Leaving Certificate Examination (including Day School Certificate (Higher) General paper), 1935
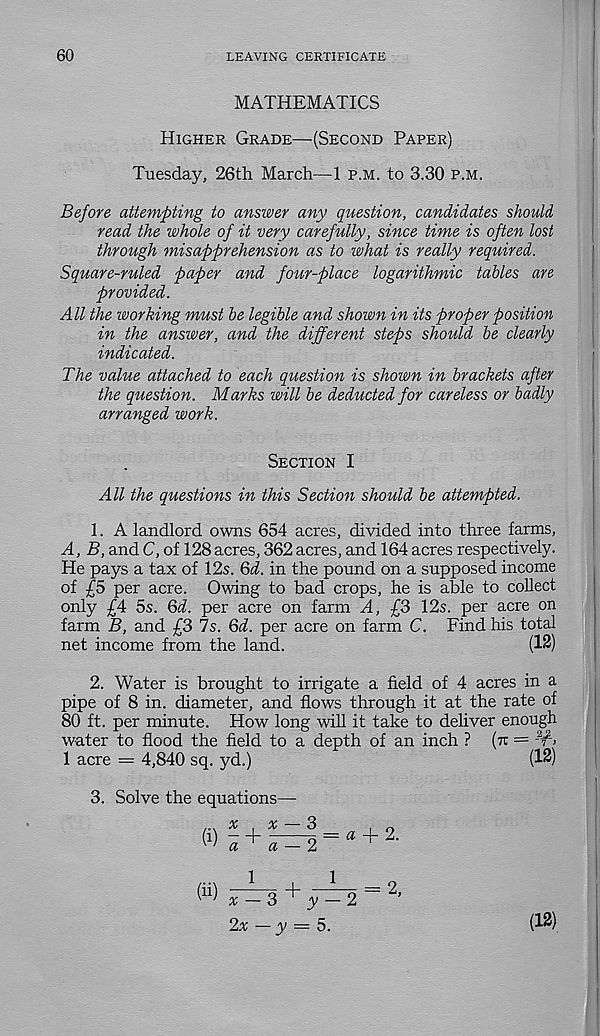
60
LEAVING CERTIFICATE
MATHEMATICS
Higher Grade—(Second Paper)
Tuesday, 26th March—1 p.m. to 3.30 p.m.
Before attempting to answer any question, candidates should
read the whole of it very carefully, since time is often lost
through misapprehension as to what is really required.
Square-ruled paper and four-place logarithmic tables are
provided.
All the working must be legible and shown in its proper position
in the answer, and the different steps should be clearly
indicated.
The value attached to each question is shown in brackets after
the question. Marks will be deducted for careless or badly
arranged work.
Section I
All the questions in this Section should be attempted.
1. A landlord owns 654 acres, divided into three farms,
A, B, and C, of 128 acres, 362 acres, and 164 acres respectively.
He pays a tax of 12s. Qd. in the pound on a supposed income
of £5 per acre. Owing to bad crops, he is able to collect
only £4 5s. Qd. per acre on farm A, £3 12s. per acre on
farm B, and £3 7s. Qd. per acre on farm C. Find his total
net income from the land.
(12)
2. Water is brought to irrigate a field of 4 acres in a
pipe of 8 in. diameter, and flows through it at the rate of
80 ft. per minute. How long will it take to deliver enough
water to flood the field to a depth of an inch ? (vr =
1 acre = 4,840 sq. yd.)
(12)
3. Solve the equations-
...x
x
3
i o
(l) - + T
5 = « + 2.
(ii)
a
a
1
+
1
x — Q
y — 2
2x — y = 5.
2,
(12)